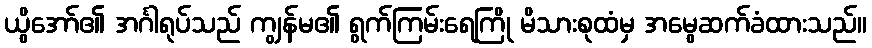
ယွိအော်၏ အင်္ဂါရုပ်သည် ကျွန်မ၏ ရွက်ကြမ်းရေကြို မိသားစုထံမှ အမွေဆက်ခံထားသည်။